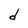
Character: d